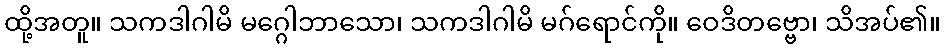
ထို့အတူ။ သကဒါဂါမိ မဂ္ဂေါဘာသော၊ သကဒါဂါမိ မဂ်ရောင်ကို။ ဝေဒိတဗ္ဗော၊ သိအပ်၏။